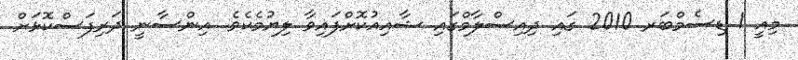
މިއީ 1 ޑިސެމްބަރ 2010 ގައި ދިއިސްލާމްގައި ޝާއިއުކޮށްފައިވާ ލިޔުމެކެވެ. އިންސާނީ ދަރިފަސްކޮޅަށް